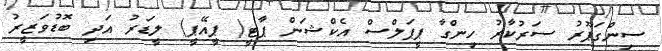
ސިންގަޕޫރު ސަރުކާރު ހިންގާ ޕީޕަލްސް އެކްޝަން ޕާޓީ( ޕީއޭޕީ) ލީޑަރު އަދި ބޮޑުވަޒީރު